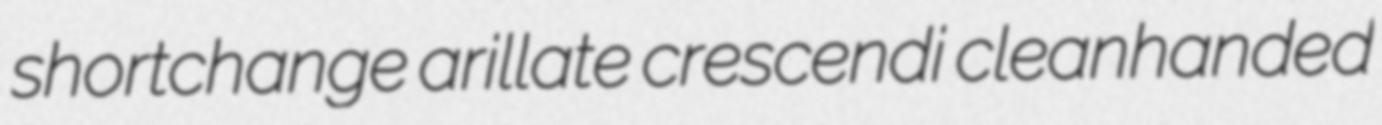
shortchange arillate crescendi cleanhanded